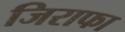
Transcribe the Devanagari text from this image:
जिराफा